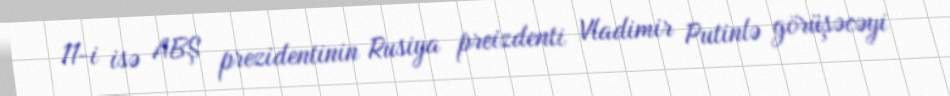
11-i isə ABŞ prezidentinin Rusiya preizdenti Vladimir Putinlə görüşəcəyi